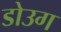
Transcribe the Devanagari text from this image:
डोउग